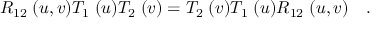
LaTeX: R _ { 1 2 } \; ( u , v ) T _ { 1 } \; ( u ) T _ { 2 } \; ( v ) = T _ { 2 } \; ( v ) T _ { 1 } \; ( u ) R _ { 1 2 } \; ( u , v ) \quad .